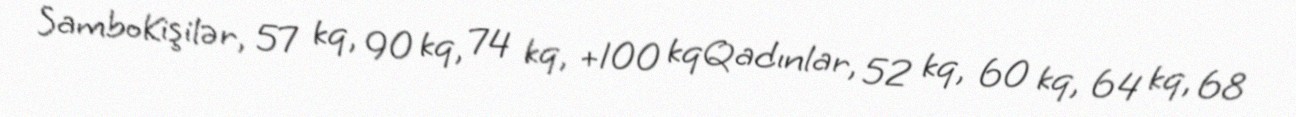
SamboKişilər, 57 kq, 90 kq, 74 kq, +100 kqQadınlar, 52 kq, 60 kq, 64 kq, 68